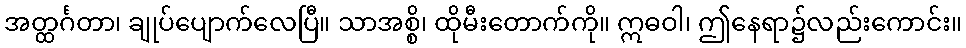
အတ္ထင်္ဂတာ၊ ချုပ်ပျောက်လေပြီ။ သာအစ္စိ၊ ထိုမီးတောက်ကို။ ဣဓဝါ၊ ဤနေရာ၌လည်းကောင်း။